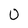
Character: 0